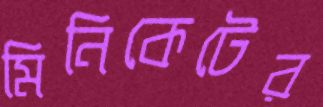
মিনিকেটের